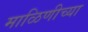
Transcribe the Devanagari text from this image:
माळिणीच्या